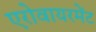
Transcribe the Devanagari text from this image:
एरोवायरमेंट